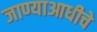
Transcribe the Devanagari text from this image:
जाण्याआधीचे